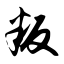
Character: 叛